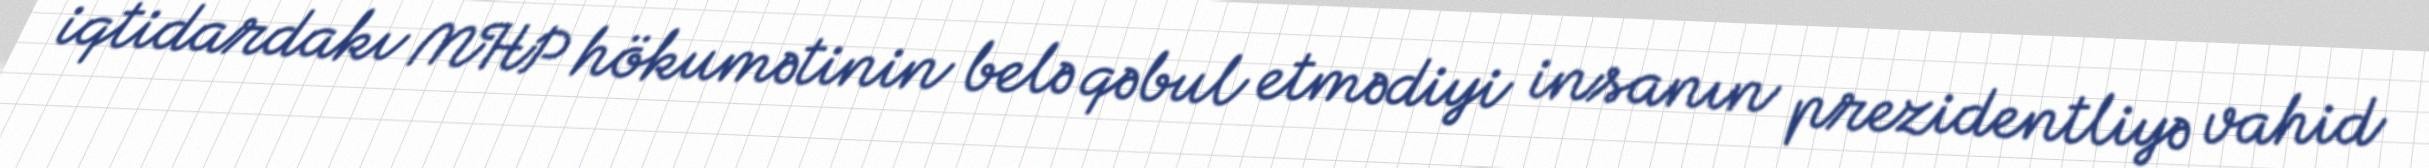
iqtidardakı MHP hökumətinin belə qəbul etmədiyi insanın prezidentliyə vahid